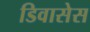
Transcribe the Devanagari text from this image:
डिवासेस